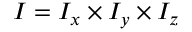
I = I _ { x } \times I _ { y } \times I _ { z }